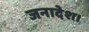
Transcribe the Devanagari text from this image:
जनादेश।